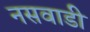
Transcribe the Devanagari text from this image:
नसवाडी